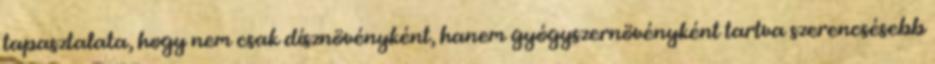
tapasztalata, hogy nem csak dísznövényként, hanem gyógyszernövényként tartva szerencsésebb